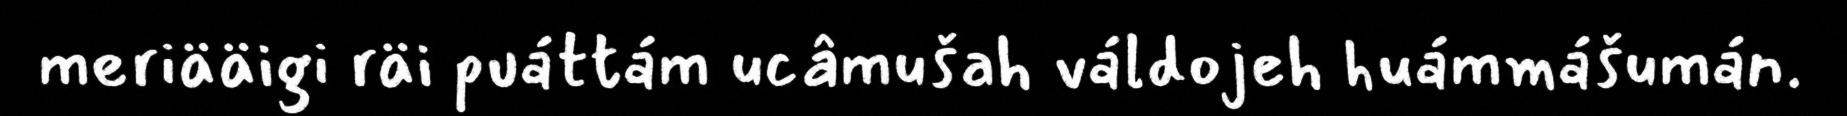
meriääigi räi puáttám ucâmušah váldojeh huámmášumán.